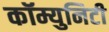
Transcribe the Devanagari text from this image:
कॉम्युनिटी